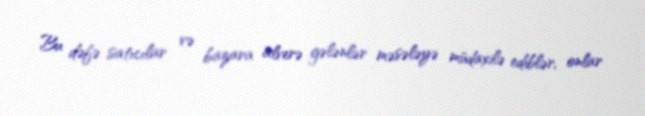
Bu dəfə satıcılar və bazara alverə gələnlər məsələyə müdaxilə ediblər, onlar